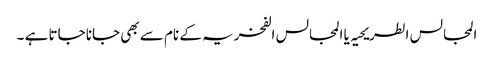
المجالس الطریحیہ یا المجالس الفخریہ کے نام سے بھی جانا جاتا ہے ۔